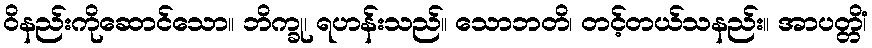
ဝိနည်းကိုဆောင်သော။ ဘိက္ခု၊ ရဟန်းသည်။ သောဘတိ၊ တင့်တယ်သနည်း။ အာပတ္တိံ၊